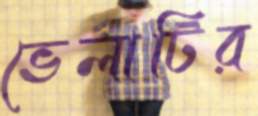
ভেলাটির